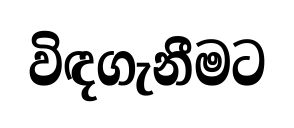
විඳගැනීමට